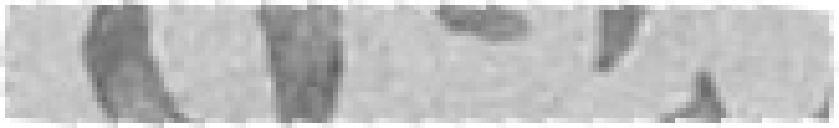
222